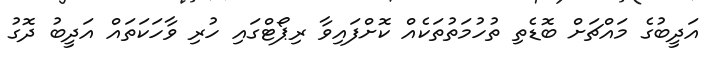
އަދީބުގެ މައްޗަށް ބޮޑެތި ތުހުމަތުތަކެއް ކޮށްފައިވާ ރިޕޯޓްގައި ހުރި ވާހަކަތައް އަދީބު ދޮގު